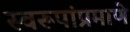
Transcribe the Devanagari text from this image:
स्वरूपांप्रमाणे